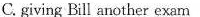
C. giving Bill another exam